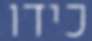
כידו